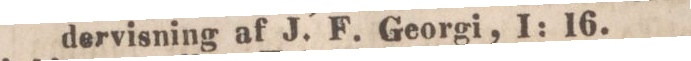
dervisning af J. F. Georgi, 1: 16.